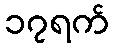
၁၇ရက်